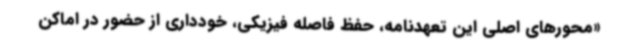
«محورهای اصلی این تعهدنامه، حفظ فاصله فیزیکی، خودداری از حضور در اماکن